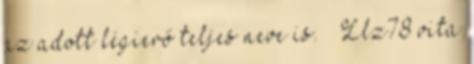
az adott légierő teljes neve is. – Llz78 vita